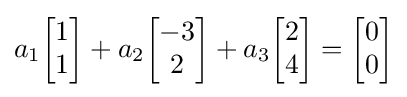
a_{1}{\begin{bmatrix}1\\1\end{bmatrix}}+a_{2}{\begin{bmatrix}-3\\2\end{bmatrix}}+a_{3}{\begin{bmatrix}2\\4\end{bmatrix}}={\begin{bmatrix}0\\0\end{bmatrix}}